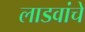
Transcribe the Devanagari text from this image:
लाडवांचे